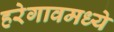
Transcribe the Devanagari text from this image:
हरेगावमध्ये